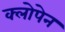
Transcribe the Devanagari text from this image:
क्लोपेन